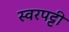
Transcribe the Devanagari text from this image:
स्वरपट्टी